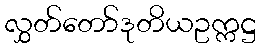
လွှတ်တော်ဒုတိယဥက္ကဋ္ဌ